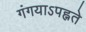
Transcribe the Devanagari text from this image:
गंगयाऽपह्नते